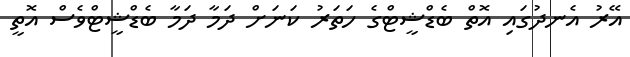
އޭރު އެނދުގައި އޮތް ބެޑްޝީޓްގެ ހަތަރު ކަނަށް ދަމާ ދަމާ ބެޑްޝީޓްވެސް އޮތީ